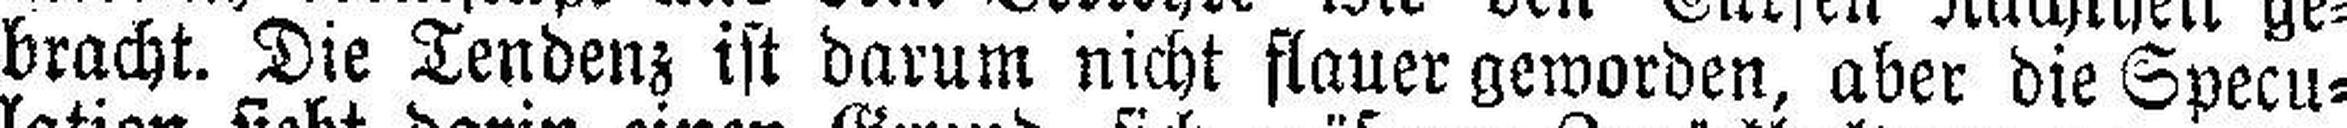
bracht. Die Tendenz ist darum nicht flauer geworden, aber die Specu¬